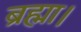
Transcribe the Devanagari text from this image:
ब्रह्मा।